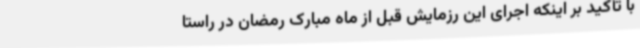
با تأکید بر اینکه اجرای این رزمایش قبل از ماه مبارک رمضان در راستا